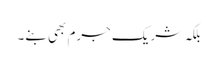
بلکہ شریکِ جرم بھی بنے۔